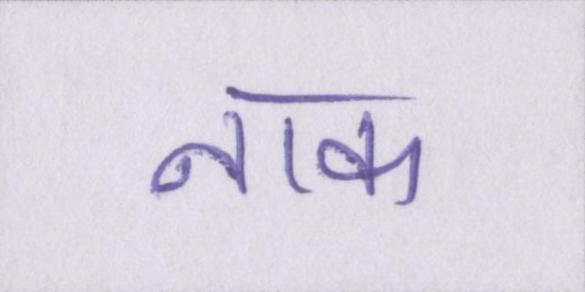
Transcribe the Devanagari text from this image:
नाक